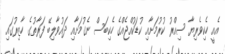
އެއީ ހެކިވެރިޔާ ސިއްރު ކުރުމަށާއި ކުޑަކުއްޖެއްގެ ހެކިބަސް ނެގުމަށާއި ދައުވާލިބޭ ފަރާތުގެ ހާޒިރުގައި